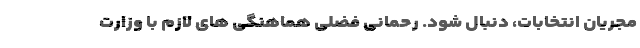
مجریان انتخابات، دنبال شود. رحمانی فضلی هماهنگی های لازم با وزارت